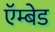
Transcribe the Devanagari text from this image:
ऍम्बेड